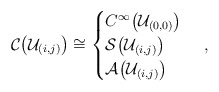
\begin{align*}\mathcal{C} \big ( \mathcal{U}_{(i,j)} \big ) \cong \begin{cases} C^\infty \big ( \mathcal{U}_{(0,0)} \big ) & \\ \mathcal{S} \big ( \mathcal{U}_{(i,j)} \big ) & \\ \mathcal{A} \big ( \mathcal{U}_{(i,j)} \big ) & \end{cases} \, ,\end{align*}